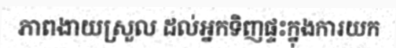
ភាពងាយស្រួល ដល់អ្នកទិញផ្ទះក្នុងការយក